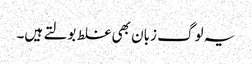
یہ لوگ زبان بھی غلط بولتے ہیں۔